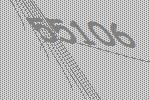
55106